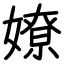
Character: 嫽